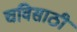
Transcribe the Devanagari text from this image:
चविसाठी